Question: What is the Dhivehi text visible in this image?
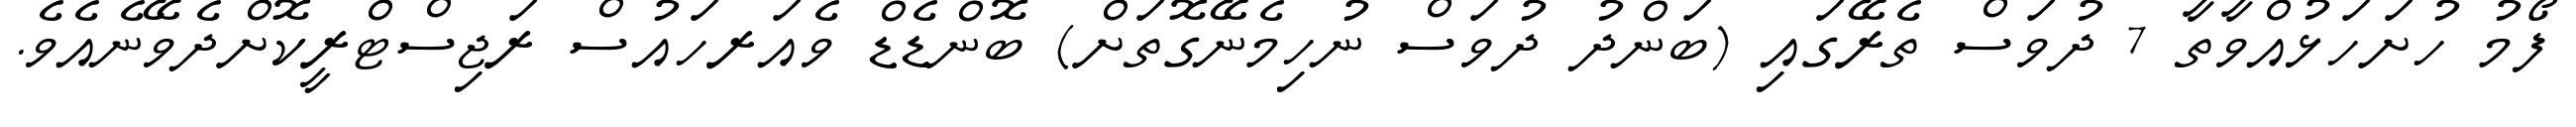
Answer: ފޯމު ހުށަހަޅުއްވާތާ 7 ދުވަސް ތެރޭގައި (ބަންދު ދުވަސް ނުހިމެނޭގޮތަށް) ބޮންޑެޑް ވެއަރހައުސް ރަޖިސްޓްރީކޮށްދެވޭނެއެވެ.